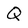
Character: Q